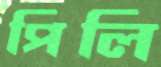
পিলি